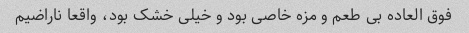
فوق العاده بی طعم و مزه خاصی بود و خیلی خشک بود، واقعا ناراضیم